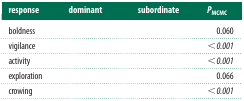
<table><thead><tr><td><b>response</b></td><td><b>dominant</b></td><td><b>subordinate</b></td><td><b><i>P</i><sub>MCMC</sub></b></td></tr></thead><tbody><tr><td>boldness</td><td>[EMPTY_CELL]</td><td>[EMPTY_CELL]</td><td>0.060</td></tr><tr><td>vigilance</td><td>[EMPTY_CELL]</td><td>[EMPTY_CELL]</td><td><i>&lt;0.001</i></td></tr><tr><td>activity</td><td>[EMPTY_CELL]</td><td>[EMPTY_CELL]</td><td><i>&lt;0.001</i></td></tr><tr><td>exploration</td><td>[EMPTY_CELL]</td><td>[EMPTY_CELL]</td><td>0.066</td></tr><tr><td>crowing</td><td>[EMPTY_CELL]</td><td>[EMPTY_CELL]</td><td><i>&lt;0.001</i></td></tr></tbody></table>